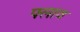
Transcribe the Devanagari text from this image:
फ्लाव